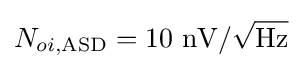
N_{oi,{\textrm {ASD}}}=10~\mathrm {nV} /{\sqrt {\mathrm {Hz} }}